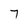
Character: 7